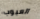
العيوب